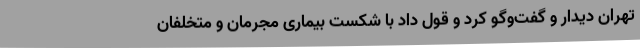
تهران دیدار و گفت‌وگو کرد و قول داد با شکست بیماری مجرمان و متخلفان